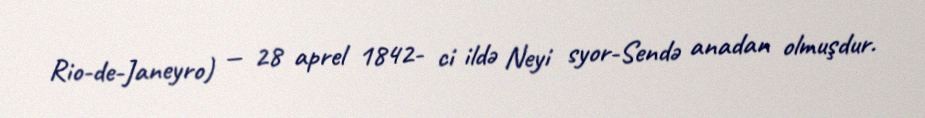
Rio-de-Janeyro) — 28 aprel 1842- ci ildə Neyi syor-Sendə anadan olmuşdur.